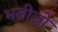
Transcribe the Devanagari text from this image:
भतीजो